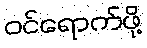
ဝင်ရောက်ဖို့